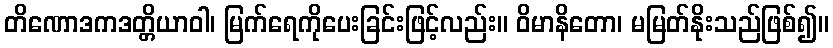
တိဏောဒကဒတ္တိယာဝါ၊ မြက်ရေကိုပေးခြင်းဖြင့်လည်း။ ဝိမာနိတော၊ မမြတ်နိုးသည်ဖြစ်၍။